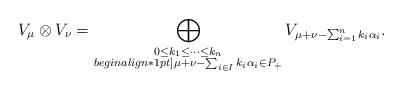
LaTeX: \begin{align*}V_{\mu}\otimes V_{\nu}=\bigoplus_{\substack{0\leq k_1\leq\cdots\leq k_n\\begin{align*}1pt] \mu+\nu-\sum_{i\in I} k_i\alpha_i\in P_{+}}}V_{\mu+\nu-\sum_{i=1}^n k_i\alpha_i}.\end{align*}